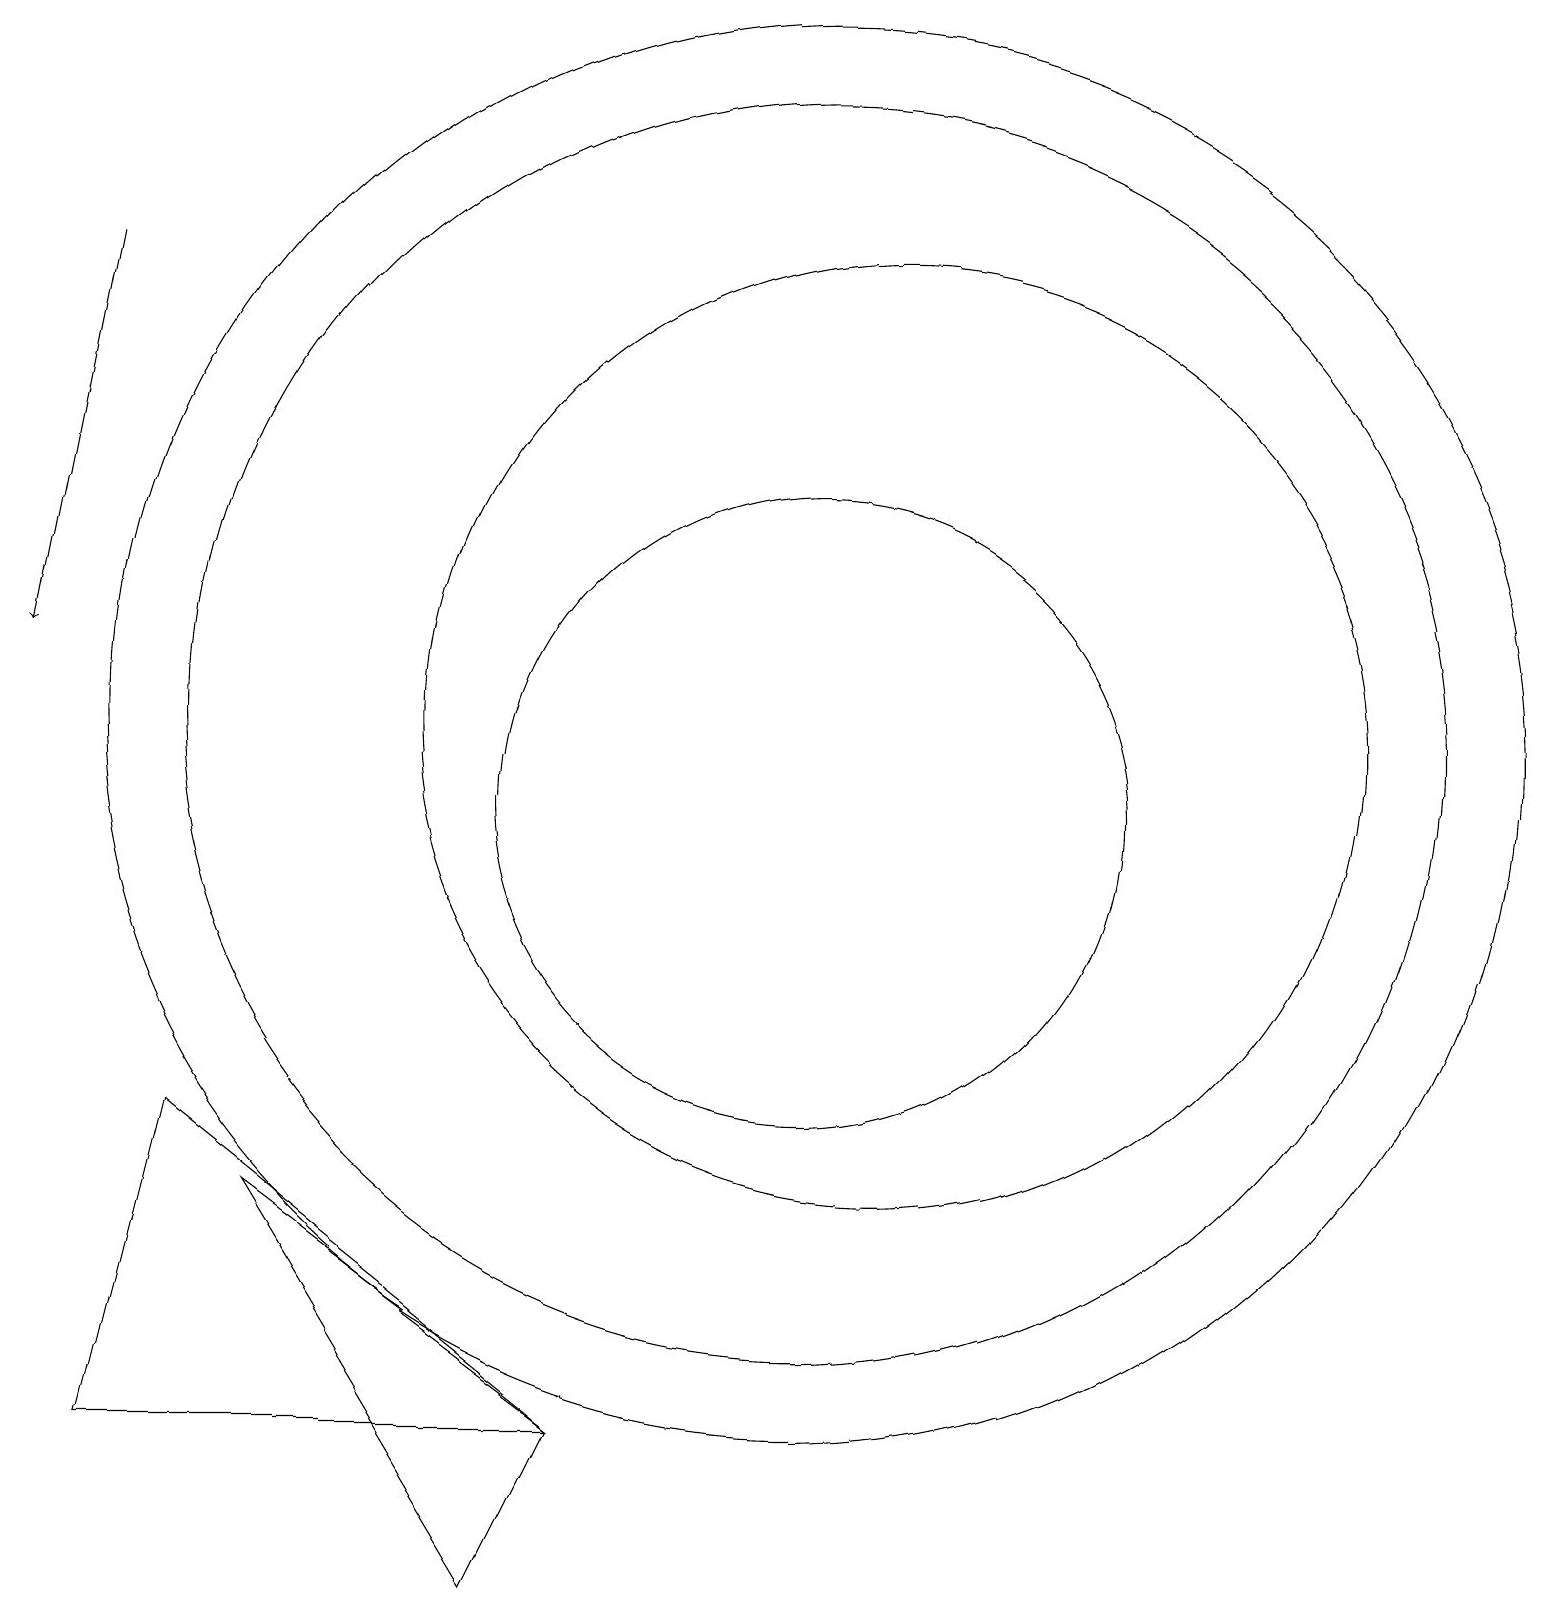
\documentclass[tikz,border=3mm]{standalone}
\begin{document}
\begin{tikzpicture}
\draw (11,11) circle (9);
\draw (12,11) circle (6);
\draw (11,11) circle (8);
\draw (8,2) -- (2,2) -- (3,6) -- cycle;
\draw[->] (2,17) -- (1,12);
\draw (11,10) circle (4);
\draw (4,5) -- (7,0) -- (8,2) -- cycle;
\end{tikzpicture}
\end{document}